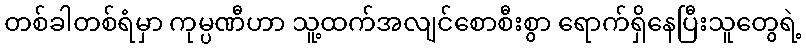
တစ်ခါတစ်ရံမှာ ကုမ္ပဏီဟာ သူ့ထက်အလျင်စောစီးစွာ ရောက်ရှိနေပြီးသူတွေရဲ့